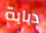
دبابة